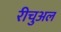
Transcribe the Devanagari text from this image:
रीचुअल